Elephants and their diseases
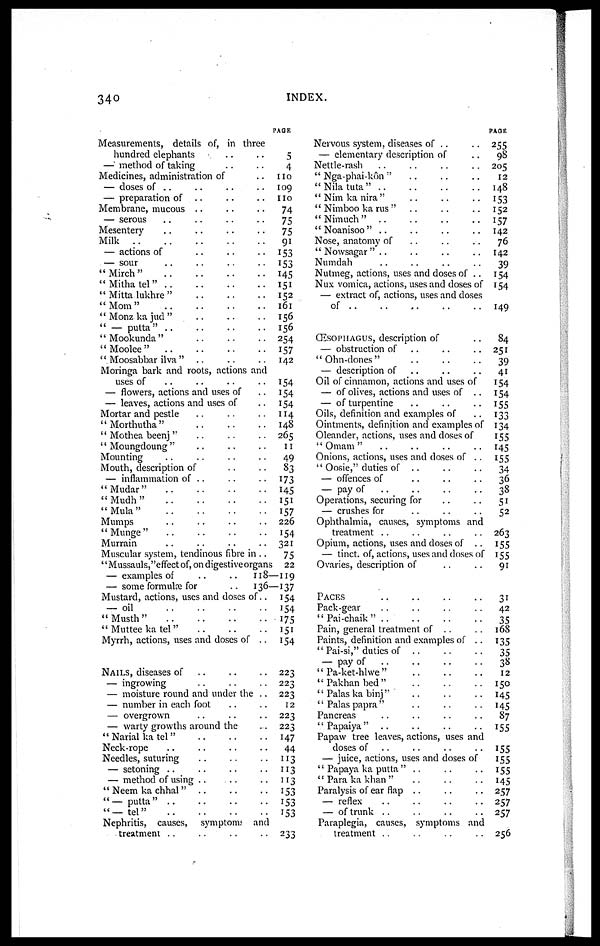
340
INDEX.
Measurements, details of, in three
hundred elephants
—' method of taking
Medicines, administration of
— doses of ..
— preparation of
Membrane, mucous ..
— serous
Mesentery
Milk
— actions of
— sour
"Mirch"
"Mitha tel"
" Mitta lukhre "
"Mom"
"Monz ka jud"
" — putta"
"Mookunda"
"Moolee"
''. Moosabbar ilva "
PAGE
5
4
110
109
110
74
75
75
91
153
153
145
151
152
161
156
156
254
157
142
Moringa bark and roots, actions and
uses of
— flowers, actions and uses of
— leaves, actions and uses of
Mortar and pestle
"Morthutha"
" Mothea beenj "
" Moungdoung"
Mounting
Mouth, description of
— inflammation of ..
"Mudar"
"Mudh"
"Mula"
Mumps
"Munge"
Murrain
Muscular system, tendinous fibre in ..
154
154
154
114
148
265
11
49
83
173
145
151
157
226
154
321
75
'' Mussauls, "effect of, on digestive organs 22
— examples of
..
..
— some formulæ for
..
Mustard, actions, uses and doses of..
— oil
"Musth"
" Muttee ka tel"
Myrrh, actions, uses and doses of ..
NAILS, diseases of
— ingrowing
— moisture round and under the ..
— number in each foot
— overgrown
— warty growths around the
" Narial ka tel"
Neck-rope
Needles, suturing
— setoning ..
— method of using
" Neem ka chhal "
"— putta"
"—tel"
Nephritis, causes, symptoms and
treatment . .
. .
. ,
118—119
136—137
154
154
175
151
154
223
223
223
12
223
223
147
44
113
113
113
153
153
153
233
Nervous system, diseases of ..
— elementary description of
Nettle-rash
" Nga-phai-kôn "
"Nila tuta"
" Nim ka nira"
" Nimboo ka rus "
"Nimuch"
" Noanisoo"
Nose, anatomy of
" Nowsagar"
Numdah
Nutmeg, actions, uses and doses of ..
Nux vomica, actions, uses and doses of
— extract of, actions, uses and doses
of
ŒSOPHAGUS, description of
— obstruction of
"Ohn-dones"
— description of
PAGE
255
98
205
12
148
153
152
157
142
76
142
39
154
154
149
84
251
39
41
Oil of cinnamon, actions and uses of
154
— of olives, actions and uses of ..
— of turpentine
Oils, definition and examples of
Ointments, definition and examples of
Oleander, actions, uses and doses of
" Omam "
Onions, actions, uses and doses of ..
" Oosie," duties of ..
— offences of
— pay of
Operations, securing for
— crushes for
154
155
133
134
155
145
155
34
36
38
51
52
Ophthalmia, causes, symptoms and
treatment
Opium, actions, uses and doses of ..
263
155
— tinct. of, actions, uses and doses of 155
Ovaries, description of
PACES
Pack-gear
"Pai-chaik" ..
Pain, general treatment of ..
Paints, definition and examples of . .
" Pai-si," duties of ..
— pay of
" Pa-ket-hlwe "
"Pakhan bed"
" Palas ka binj"
" Palas papra"
Pancreas
" Papaiya "
91
31
42
35
168
135
35
38
12
150
145
145
87
155
Papaw tree leaves, actions, uses and
doses of
155
— juice, actions, uses and doses of
155
" Papaya ka putta " ..
" Para ka khan"
Paralysis of ear flap ..
— reflex
— of trunk
Paraplegia, causes, symptoms and
treatment
155
145
257
257
257
256